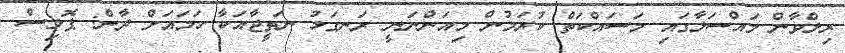
ރިލްވާން މައްސަލާގައި މަސައްކަތް ކުރަމުން މިއަންނަނީ ރަނގަޅު ނަތީޖާއަކާ ހަމައަށް ދާން: ޕޮލިސް